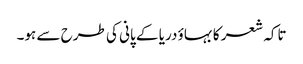
تاکہ شعر کا بہاؤ دریا کے پانی کی طرح سے ہو۔